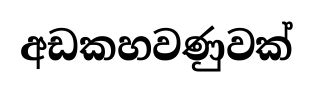
අඩකහවණුවක්